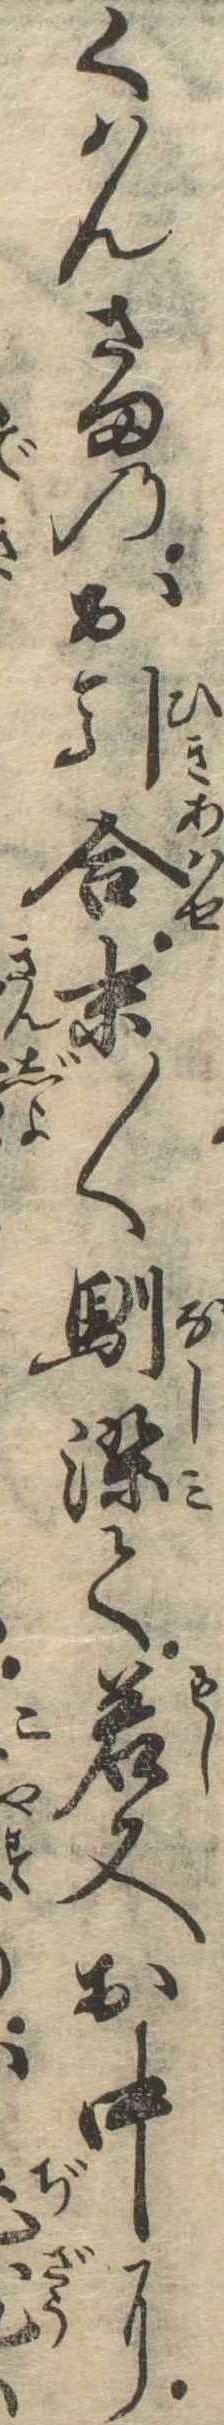
くはんさまのお引合末〱馴染て若又お中に